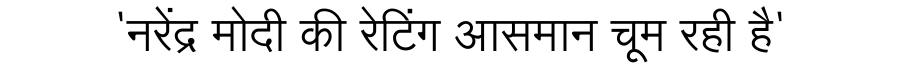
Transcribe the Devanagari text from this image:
'नरेंद्र मोदी की रेटिंग आसमान चूम रही है'